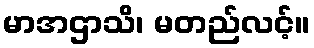
မာအဌာသိ၊ မတည်လင့်။